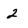
Character: 2